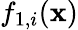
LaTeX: f_{1,i}(\mathbf{x})